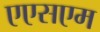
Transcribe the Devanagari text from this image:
एएसएम